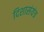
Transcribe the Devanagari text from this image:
दिशासंयंत्र